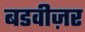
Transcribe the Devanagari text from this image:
बडवीज़र